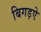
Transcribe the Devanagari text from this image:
बिगड़ऐ